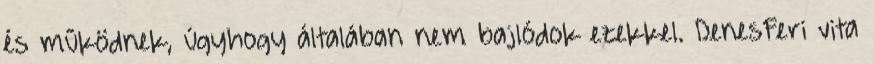
és működnek, úgyhogy általában nem bajlódok ezekkel. DenesFeri vita